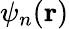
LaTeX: \psi_{n}(\mathbf{r})